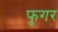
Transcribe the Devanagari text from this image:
फुगर